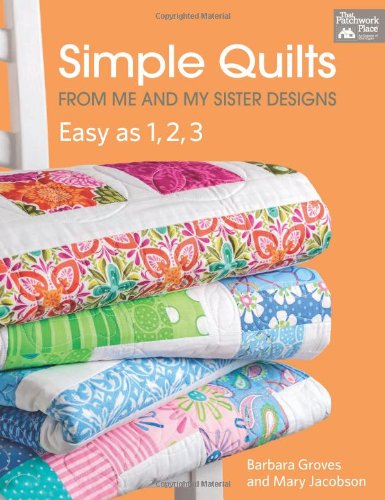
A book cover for Simple Quilts from Me and My Sister Designs: Easy as 1, 2, 3; Barbara Groves; Crafts, Hobbies & Home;